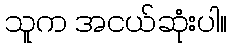
သူက အငယ်ဆုံးပါ။